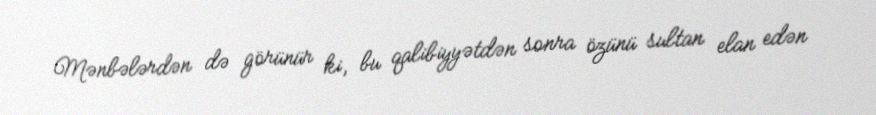
Mənbələrdən də görünür ki, bu qalibiyyətdən sonra özünü sultan elan edən